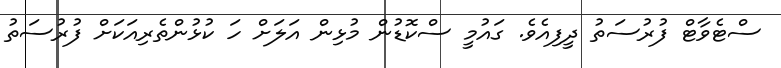
ސްޓެވާޓް ފުރުސަތު ދީފިއެވެ. ގައުމީ ސްކޮޑުން މުޅިން އަލަށް ހަ ކުޅުންތެރިއަކަށް ފުރުސަތު